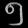
Digit: ၅